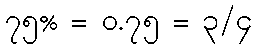
၇၅% = ၀.၇၅ = ၃/၄